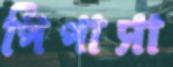
পিপাসা